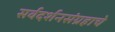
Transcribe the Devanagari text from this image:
सर्वदर्शनसंग्रहाचे